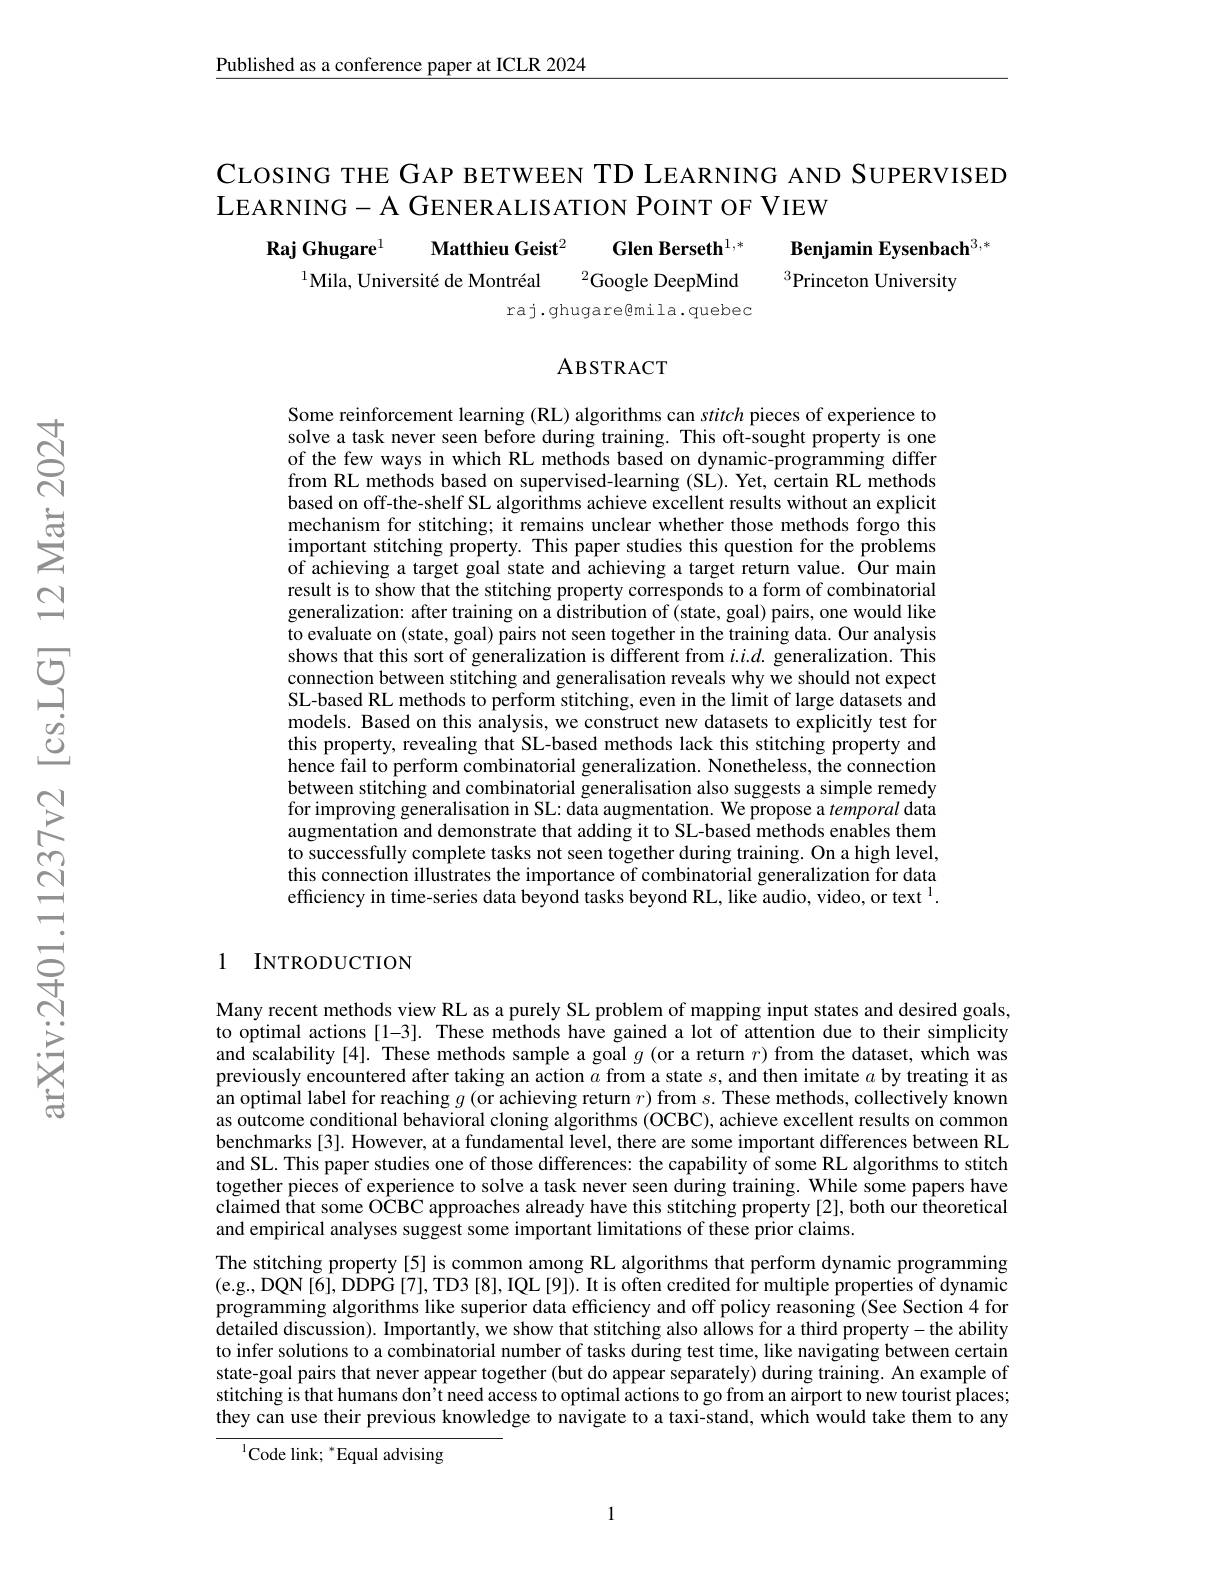
Published as a conference paper at ICLR 2024

CLOSING THE GAP BETWEEN TD LEARNING AND SUPERVISED
LEARNING- A GENERALISATION POINT OF VIEW

Raj Ghugare$^{1}$ Matthieu Geist$^2$ Glen Berseth$^{1,*}$ Benjamin Eysenbach$^{3,*}$
$^{1}$Mila, Université de Montréal $^{2}$Google DeepMind $^{3}$Princeton University

raj.ghugare@mila.quebec

### ABSTRACT

Some reinforcement learning (RL) algorithms can stitch pieces of experience to solve a task never seen before during training. This oft-sought property is one of the few ways in which RL methods based on dynamic-programming differ from RL methods based on supervised-learning (SL). Yet, certain RL methods based on off-the-shelf SL algorithms achieve excellent results without an explicit mechanism for stitching; it remains unclear whether those methods forgo this important stitching property. This paper studies this question for the problems of achieving a target goal state and achieving a target return value. Öur main result is to show that the stitching property corresponds to a form of combinatorial generalization: after training on a distribution of (state, goal) pairs, one would like to evaluate on (state, goal) pairs not seen together in the training data. Our analysis shows that this sort of generalization is different from $i.i.d.$ generalization. This connection between stitching and generalisation reveals why we should not expect SL-based RL methods to perform stitching, even in the limit of large datasets and models. Based on this analysis, we construct new datasets to explicitly test for this property, revealing that SL-based methods lack this stitching property and hence fail to perform combinatorial generalization. Nonetheless, the connection between stitching and combinatorial generalisation also suggests a simple remedy for improving generalisation in SL: data augmentation. We propose a temporal data augmentation and demonstrate that adding it to SL-based methods enables them to successfully complete tasks not seen together during training. On a high level, this connection illustrates the importance of combinatorial generalization for data efficiency in time-series data beyond tasks beyond RL, like audio, video, or text $^{1}.$

1 INTRODUCTION

Many recent methods view RL as a purely SL problem of mapping input states and desired goals, to optimal actions [1-3]. These methods have gained a lot of attention due to their simplicity and scalability [4]. These methods sample a goal $g$ (or a return $r)$ from the dataset, which was previously encountered after taking an action $a$ from a state $s$, and then imitate $a$ by treating it as an optimal label for reaching $g$ (or achieving return $r)$ from $s.$ These methods, collectively known as outcome conditional behavioral cloning algorithms (OCBC), achieve excellent results on common benchmarks[3]. However, at a fundamental level, there are some important differences between RL and SL. This paper studies one of those differences: the capability of some RL algorithms to stitch together pieces of experience to solve a task never seen during training. While some papers have claimed that some O$\hat{\mathbf{C}}$BC approaches already have this stitching property[2], both our theoretical and empirical analyses suggest some important limitations of these prior claims.
The stitching property [5] is common among RL algorithms that perform dynamic programming (e.g., DQN[6], DDPG[7], TD3[8], IQL[9]). It is often credited for multiple properties of dynamic programming algorithms like superior data efficiency and off policy reasoning (See Section 4 for detailed discussion). Importantly, we show that stitching also allows for a third property-the ability to infer solutions to a combinatorial number of tasks during test time, like navigating between certain state-goal pairs that never appear together (but do appear separately) during training. An example of stitching is that humans don't need access to optimal actions to go from an airport to new tourist places; they can use their previous knowledge to navigate to a taxi-stand, which would take them to any

$^{1}$Code link; "Equal advising

1